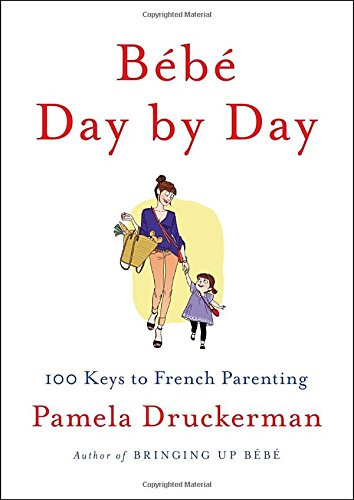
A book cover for BÃ©bÃ© Day by Day: 100 Keys to French Parenting; Pamela Druckerman; Parenting & Relationships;